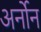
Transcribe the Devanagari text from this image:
अर्नोन